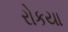
રોકયા